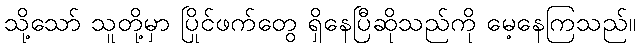
သို့သော် သူတို့မှာ ပြိုင်ဖက်တွေ ရှိနေပြီဆိုသည်ကို မေ့နေကြသည်။